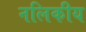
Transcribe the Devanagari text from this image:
नलिकीय